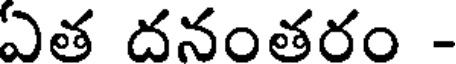
ఏత దనంతరం -